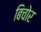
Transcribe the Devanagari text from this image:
बिचोर